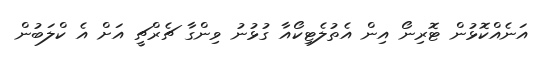
އަނެއްކޮޅުން ޓޮރިނޯ އިން އެތުލެޓިކޯއާ ގުޅުނު ވިންގާ ޗެރްޗީ އަށް އެ ކްލަބުން